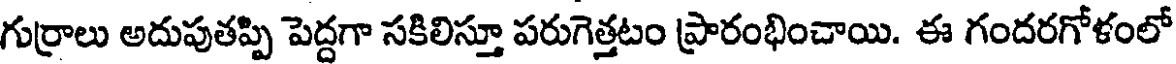
గుర్రాలు అదుపుతప్పి పెద్దగా సకిలిస్తూ పరుగెత్తటం ప్రారంభించాయి. ఈ గందరగోళంలో